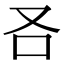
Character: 𠮢